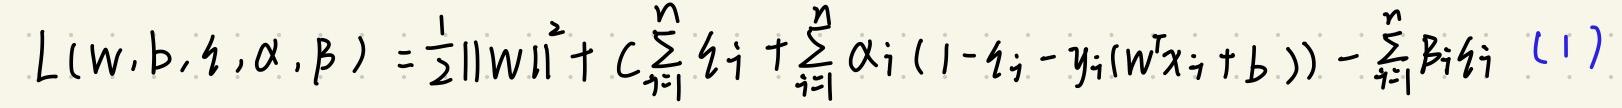
\[
L(\mathbf{w}, b, \boldsymbol{\xi}, \boldsymbol{\alpha}, \boldsymbol{\beta})=\frac{1}{2}\|\mathbf{w}\|^{2}+C \sum_{i=1}^{n} \xi_{i}+\sum_{i=1}^{n} \alpha_{i}\left(1-\xi_{i}-y_{i}\left(\mathbf{w}^{T} \mathbf{x}_{i}+b\right)\right)-\sum_{i=1}^{n} \beta_{i} \xi_{i} \quad(1)
\]